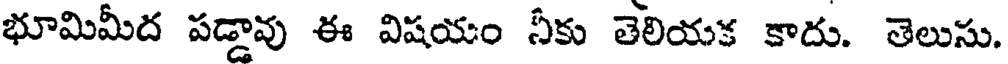
భూమిమీద పడ్డావు ఈ విషయం నీకు తెలియక కాదు. తెలుసు.